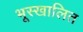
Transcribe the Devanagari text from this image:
भूस्खालित